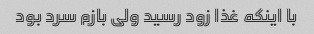
با اینکه غذا زود رسید ولی بازم سرد بود